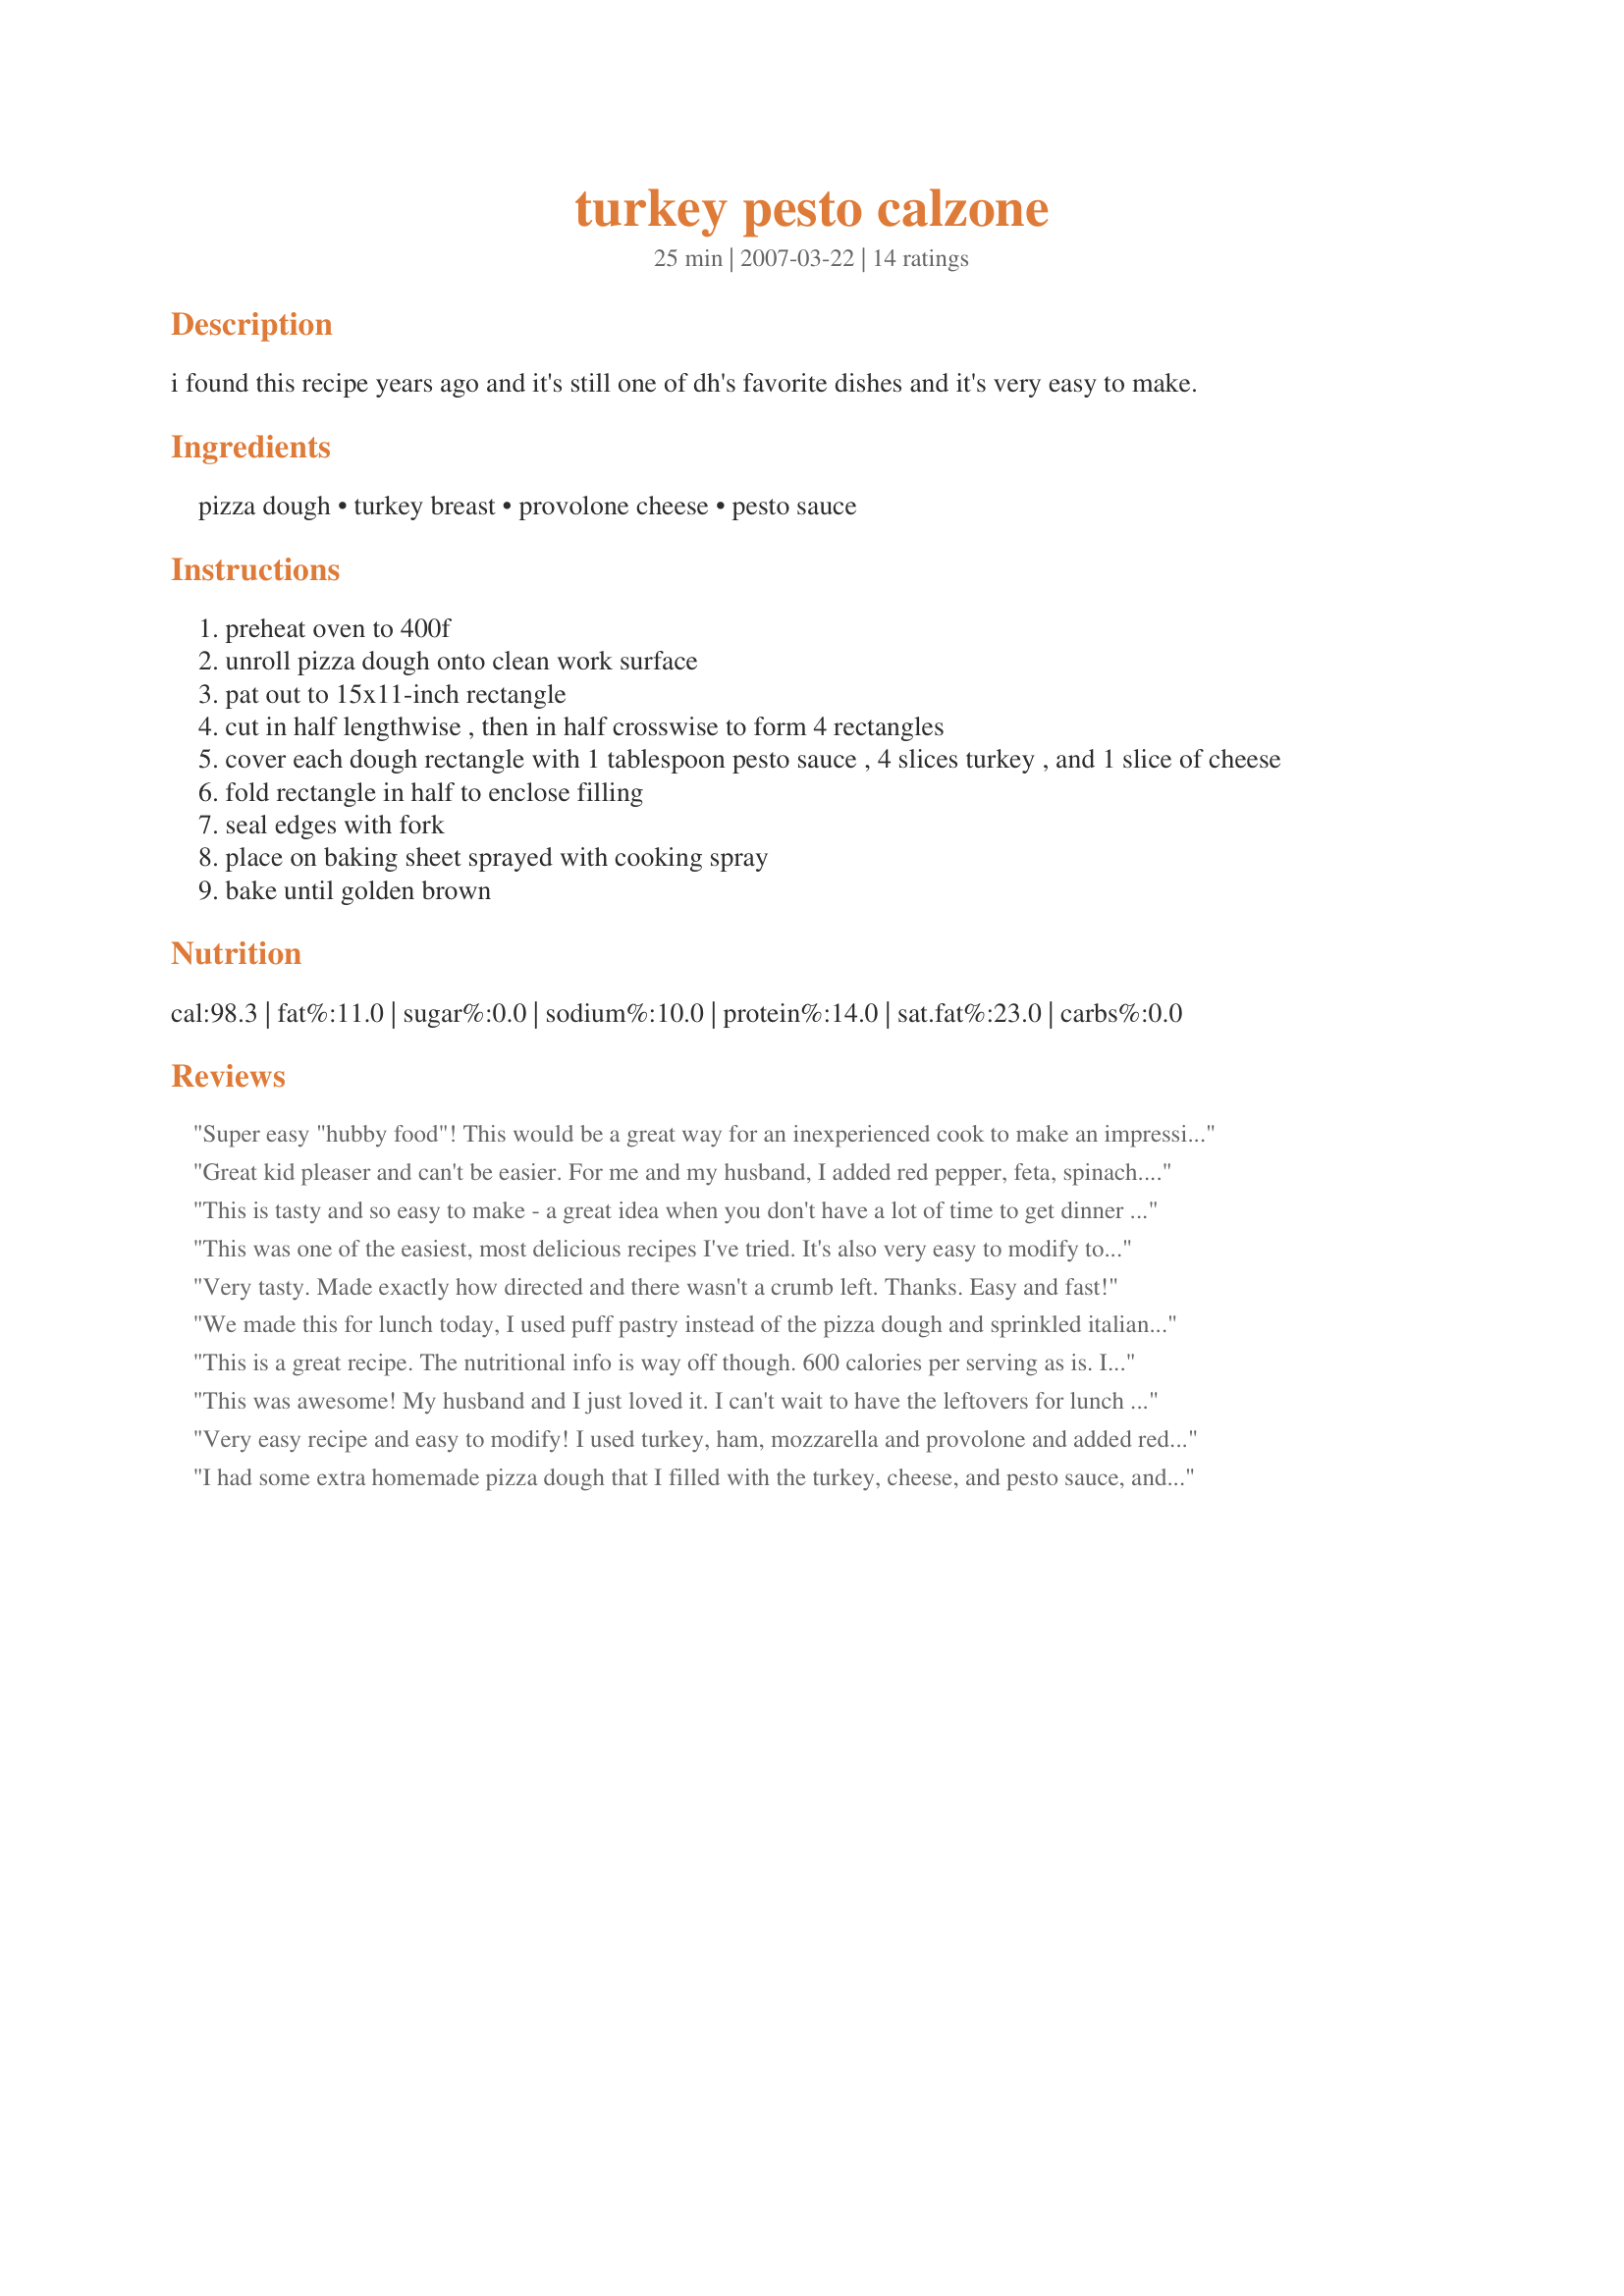
turkey pesto calzone
Preparation time: 25 minutes

i found this recipe years ago and it's still one of dh's favorite dishes and it's very easy to make.

Ingredients:
pizza dough, turkey breast, provolone cheese, pesto sauce

Steps:
preheat oven to 400f
unroll pizza dough onto clean work surface
pat out to 15x11-inch rectangle
cut in half lengthwise , then in half crosswise to form 4 rectangles
cover each dough rectangle with 1 tablespoon pesto sauce , 4 slices turkey , and 1 slice of cheese
fold rectangle in half to enclose filling
seal edges with fork
place on baking sheet sprayed with cooking spray
bake until golden brown

Reviews:
Super easy "hubby food"! This would be a great way for an inexperienced cook to make an impression on someone, i.e. a date.
Great kid pleaser and can't be easier. For me and my husband, I added red pepper, feta, spinach. For my toddler, I used red sauce instead of pesto.
This is tasty and so easy to make - a great idea when you don't have a lot of time to get dinner on the table. I heated up some red sauce for dipping, and we were happy!
This was one of the easiest, most delicious recipes I've tried. It's also very easy to modify to suit to taste. The Mad Scientist's only complaint is that there wasn't enough for the next day, so I'll need to double the recipe.
Very tasty. Made exactly how directed and there wasn't a crumb left. Thanks. Easy and fast!
We made this for lunch today, I used puff pastry instead of the pizza dough and sprinkled italian spices on top and a bit of parmesan, it was an excellent lunch
This is a great recipe. The nutritional info is way off though. 600 calories per serving as is. I reduced the cheese and turkey to 2 slices of each. This is with a pillsbury pizza crust, sliced provolone and turkey lunch meat. It was difficult for me to seal it even with 2 slices of each.
This was awesome! My husband and I just loved it. I can't wait to have the leftovers for lunch tomorrow. Fast, easy and great taste - what more can you ask for?
Very easy recipe and easy to modify! I used turkey, ham, mozzarella and provolone and added red onions and sun dried tomatoes to the pesto. Very quick to put together and DH was very impressed!
I had some extra homemade pizza dough that I filled with the turkey, cheese, and pesto sauce, and we really enjoyed them. I made them one evening, refrigerated them, and microwaved them for a really quick lunch later in the week. I plan to make more and send for DH's lunch sometimes. He'll be happy!
Wow, wow, wow, wow! So delicious!!! I used recipe #434393 that I had in the freezer, with 8 oz peppered turkey, and havarti instead of provolone (it was what I had on hand). I baked on parchment paper and left them for a few extra minutes to get fully browned. All but one leaked pesto just a bit but for the most part they held together well. Thanks for sharing - will definitely be made again!
Made this after Liza's suggestion in her blog and I was so happy with the results. I used some pizza dough from Trader Joe's and poked a few holes in the top to let some steam escape. The leftovers are greated heated in the microwave too!
Have to attend a community meeting tonight. Saw there right off the bat. I had to use slicced chicken breast, but these were ready in no time, easy, and very tasty.
We LOVED these! 4 ingredient dinner that is a snap? Heaven! My hubby loved these as I thought he would. Thank you so much for a fabulous recipe!
